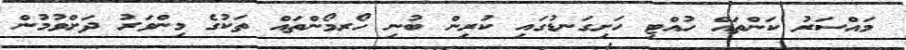
މައްސަރު ކަންތައް ހުއްޓި ހަށިގަނޑުގައި ކުރިން ބުނި ހޯރމޯންތައް ތަކުގެ މިންވަރު ދަށްވުމުން